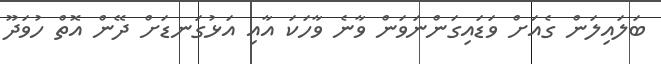
ބަލައިލަން ގެއަށް ވަޑައިގަންނަވަން ވާނެ ވާހަކަ އާއި އަޅުގަނޑަށް ދޭން އޮތް ހުވަދޫ